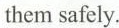
them safely.